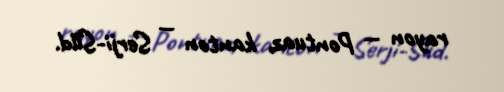
rayon — Pontuaz, kanton — Serji-Süd.